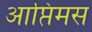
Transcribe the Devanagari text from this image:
आप्तिमस